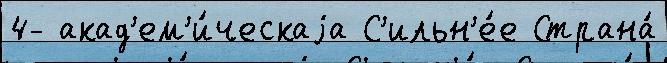
4- акад'ем'и́ческаjа С'ильн'е́е Страна́